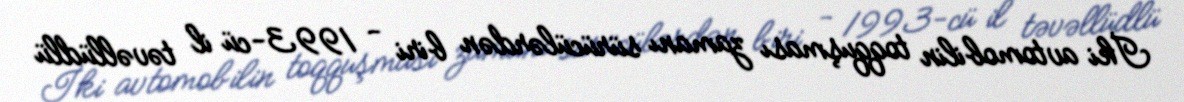
İki avtomobilin toqquşması zamanı sürücülərdən biri - 1993-cü il təvəllüdlü